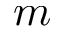
m